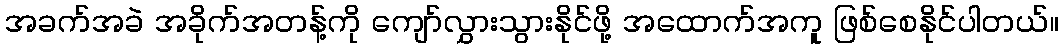
အခက်အခဲ အခိုက်အတန့်ကို ကျော်လွှားသွားနိုင်ဖို့ အထောက်အကူ ဖြစ်စေနိုင်ပါတယ်။